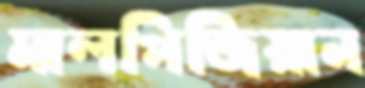
মালপিজিয়ান